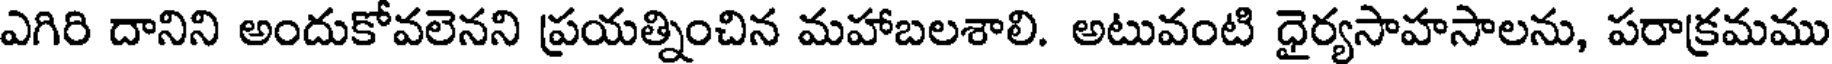
ఎగిరి దానిని అందుకోవలెనని ప్రయత్నించిన మహాబలశాలి. అటువంటి ధైర్యసాహసాలను, పరాక్రమము